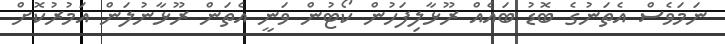
ނަމަވެސް އެތަނުގެ ބޮޑު ބައެއް ރޫޅާލިފަހުން ކޯޓުން ވަނީ އެތަން ރޫޅާނުލަން އަމުރުކޮށް